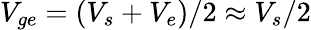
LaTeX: V_{ge}=(V_{s}+V_{e})/2\approx V_{s}/2